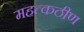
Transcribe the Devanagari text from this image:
महत्कठीण